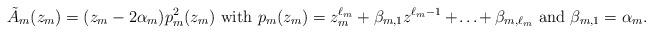
LaTeX: \begin{align*}\Tilde{A}_m(z_m)=(z_m-2\alpha_{m})p_m^2(z_m)\mbox{ with }p_m(z_m)=z_m^{\ell_m}+\beta_{m,1}z^{\ell_m-1}+\!\ldots\!+\beta_{m,\ell_m}\mbox{ and }\beta_{m,1}=\alpha_{m}.\end{align*}